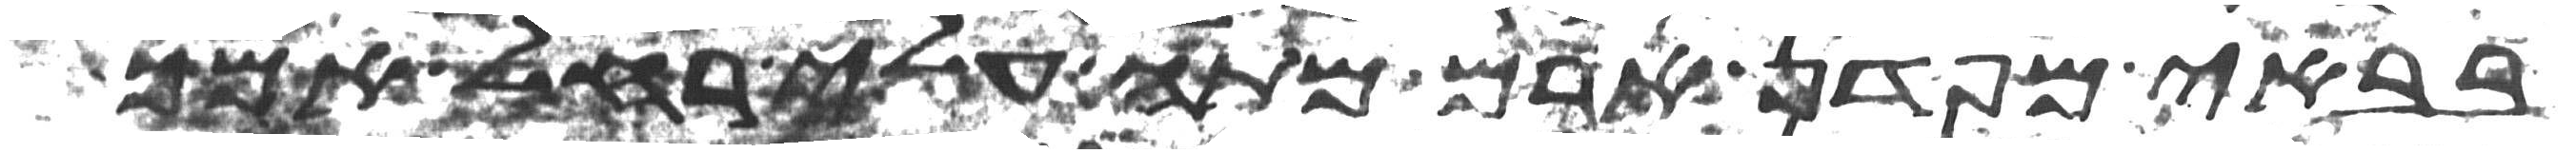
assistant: בבאי מפדן ארם מתה עלי רחל אמך